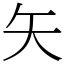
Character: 矢